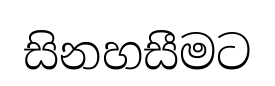
සිනහසීමට